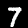
Label: 7